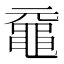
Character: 黿